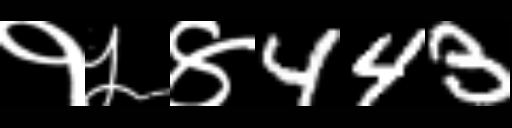
Text: १५४443